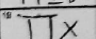
Transcription: TTX